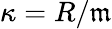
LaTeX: \kappa=R/{\mathfrak{m}}